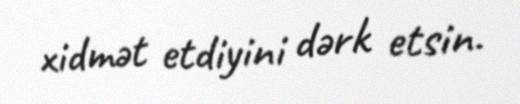
xidmət etdiyini dərk etsin.